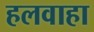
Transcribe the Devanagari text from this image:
हलवाहा